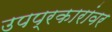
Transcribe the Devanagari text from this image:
उपप्रकारांवर